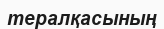
тералқасының